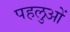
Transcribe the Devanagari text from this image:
पहलुआें